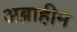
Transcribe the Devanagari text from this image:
अब्राहीम